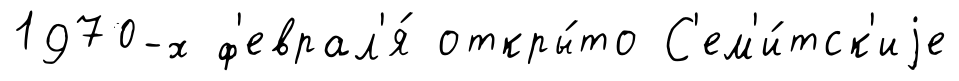
1970-х ф'еврал'я́ откры́то С'ем'и́тск'иjе